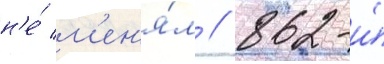
н'е́ м'ен'я́л // 862-и́